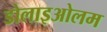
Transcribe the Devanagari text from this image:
डोलाइओलम